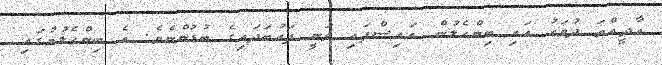
އާދީއްތަ ދުވަހު އައި ބިންހެލުން އައިސްފައި ވަނީ ފަރުބަދައިގެ ބުޑުންނެވެ. އެ ބިންހެލުމުގައި